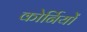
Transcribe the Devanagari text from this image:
कोर्नियों